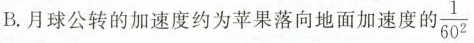
B.月球公转的加速度约为苹果落向地面加速度的 \frac{1}{60^{2}}